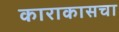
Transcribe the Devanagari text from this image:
काराकासचा